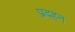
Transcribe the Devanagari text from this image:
प्रदहन